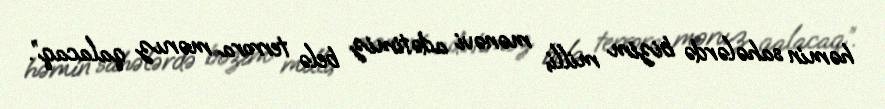
həmin sahələrdə bizim milli, mənəvi adətimiz belə terrora məruz qalacaq”.